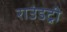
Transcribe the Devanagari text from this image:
राउंडट्री